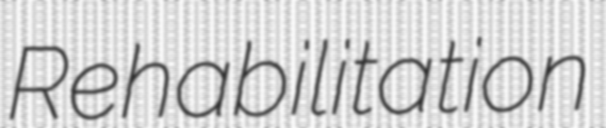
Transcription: Rehabilitation